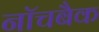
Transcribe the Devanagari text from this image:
नॉचबैक